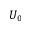
U _ { 0 }